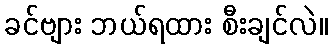
ခင်ဗျား ဘယ်ရထား စီးချင်လဲ။